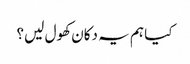
کیا ہم یہ دکان کھول لیں؟